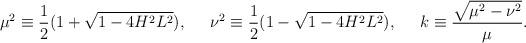
LaTeX: \begin{align*}\mu^2\equiv\frac{1}{2}(1+\sqrt{1-4H^2L^2}),\;\;\;\;\;\nu^2\equiv\frac{1}{2}(1-\sqrt{1-4H^2L^2}),\;\;\;\;\;k\equiv\frac{\sqrt{\mu^2-\nu^2}}{\mu}.\end{align*}